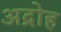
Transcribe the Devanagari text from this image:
अद्रोह